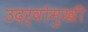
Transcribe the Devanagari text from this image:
उदर्वोमुखी